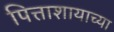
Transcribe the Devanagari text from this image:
पित्ताशायाच्या